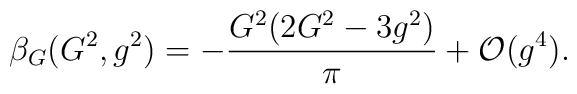
\beta_{G}(G^{2},g^{2}) = -{G^{2}(2G^{2}-3g^{2})\over\pi}+ {\cal O}(g^{4}).